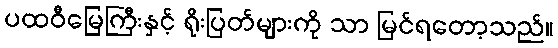
ပထဝီမြေကြီးနှင့် ရိုးပြတ်များကို သာ မြင်ရတော့သည်။